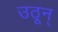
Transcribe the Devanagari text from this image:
उठून्